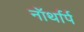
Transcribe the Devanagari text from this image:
नॉर्थार्प